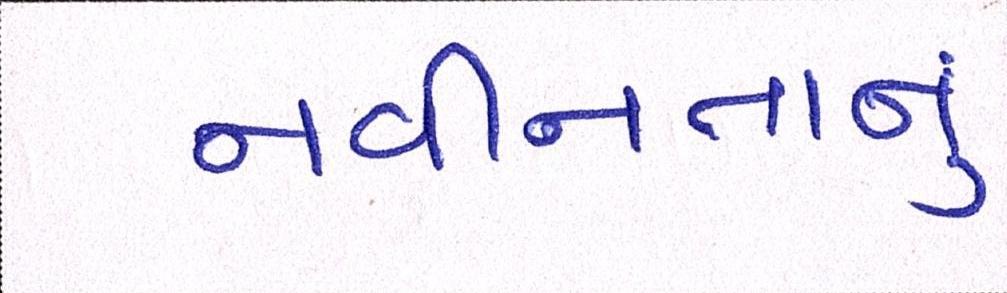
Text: નવીનતાનું